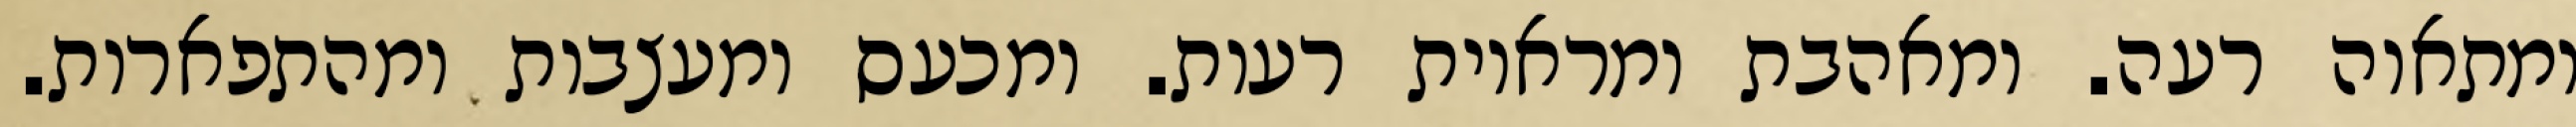
ומתאוה רעה. ומאהבת ומראיות רעות. ומכעס ומעצבות ומהתפארות.